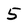
Character: 5